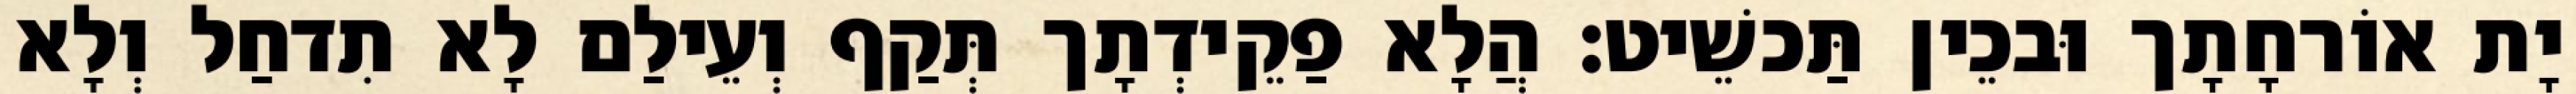
יָת אוֹרחָתָך וּבכֵין תַּכשֵׁיט׃ הֲלָא פַקֵידְתָך תְּקַף וְעֵילַם לָא תִדחַל וְלָא